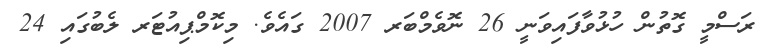
ރަސްމީ ގޮތުން ހުޅުވާފައިވަނީ 26 ނޮވެމްބަރ 2007 ގައެވެ. މިކޮމްޕިއުޓަރ ލެބުގައި 24